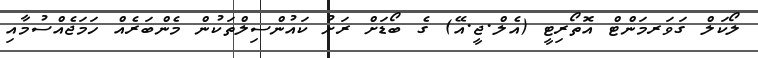
ލޯކަލް ގަވަރމަންޓް އޮތޯރިޓީ (އެލް.ޖީ.އޭ) ގެ ބޯޑަށް ރަށު ކައުންސިލްތަކުން މެންބަރެއް ހަމަޖެއްސުމާއި